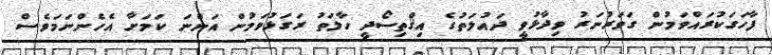
ފާހަގަކުރައްވަމުން ގަވަރުނަރު ވިދާޅުވީ ދައުލަތުގެ އިޤްތިސޯދީ ހާލަތު ރަގަޅުވަމުން އަންނަ ކަމަށާ އެހެންނަމަވެސް